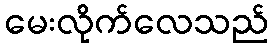
မေးလိုက်လေသည်